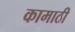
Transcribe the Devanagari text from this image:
कामाठी